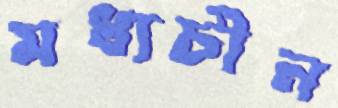
মধ্যচীন